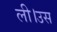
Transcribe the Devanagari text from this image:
ली।उस